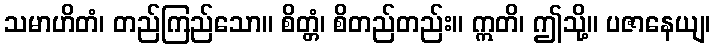
သမာဟိတံ၊ တည်ကြည်သော။ စိတ္တံ၊ စိတည်တည်း။ ဣတိ၊ ဤသို့။ ပဇာနေယျ၊